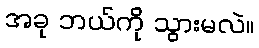
အခု ဘယ်ကို သွားမလဲ။